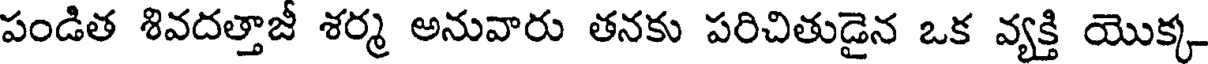
పండిత శివదత్తాజీ శర్మ అనువారు తనకు పరిచితుడైన ఒక వ్యక్తి యొక్క